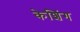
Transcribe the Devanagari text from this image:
केशिंग